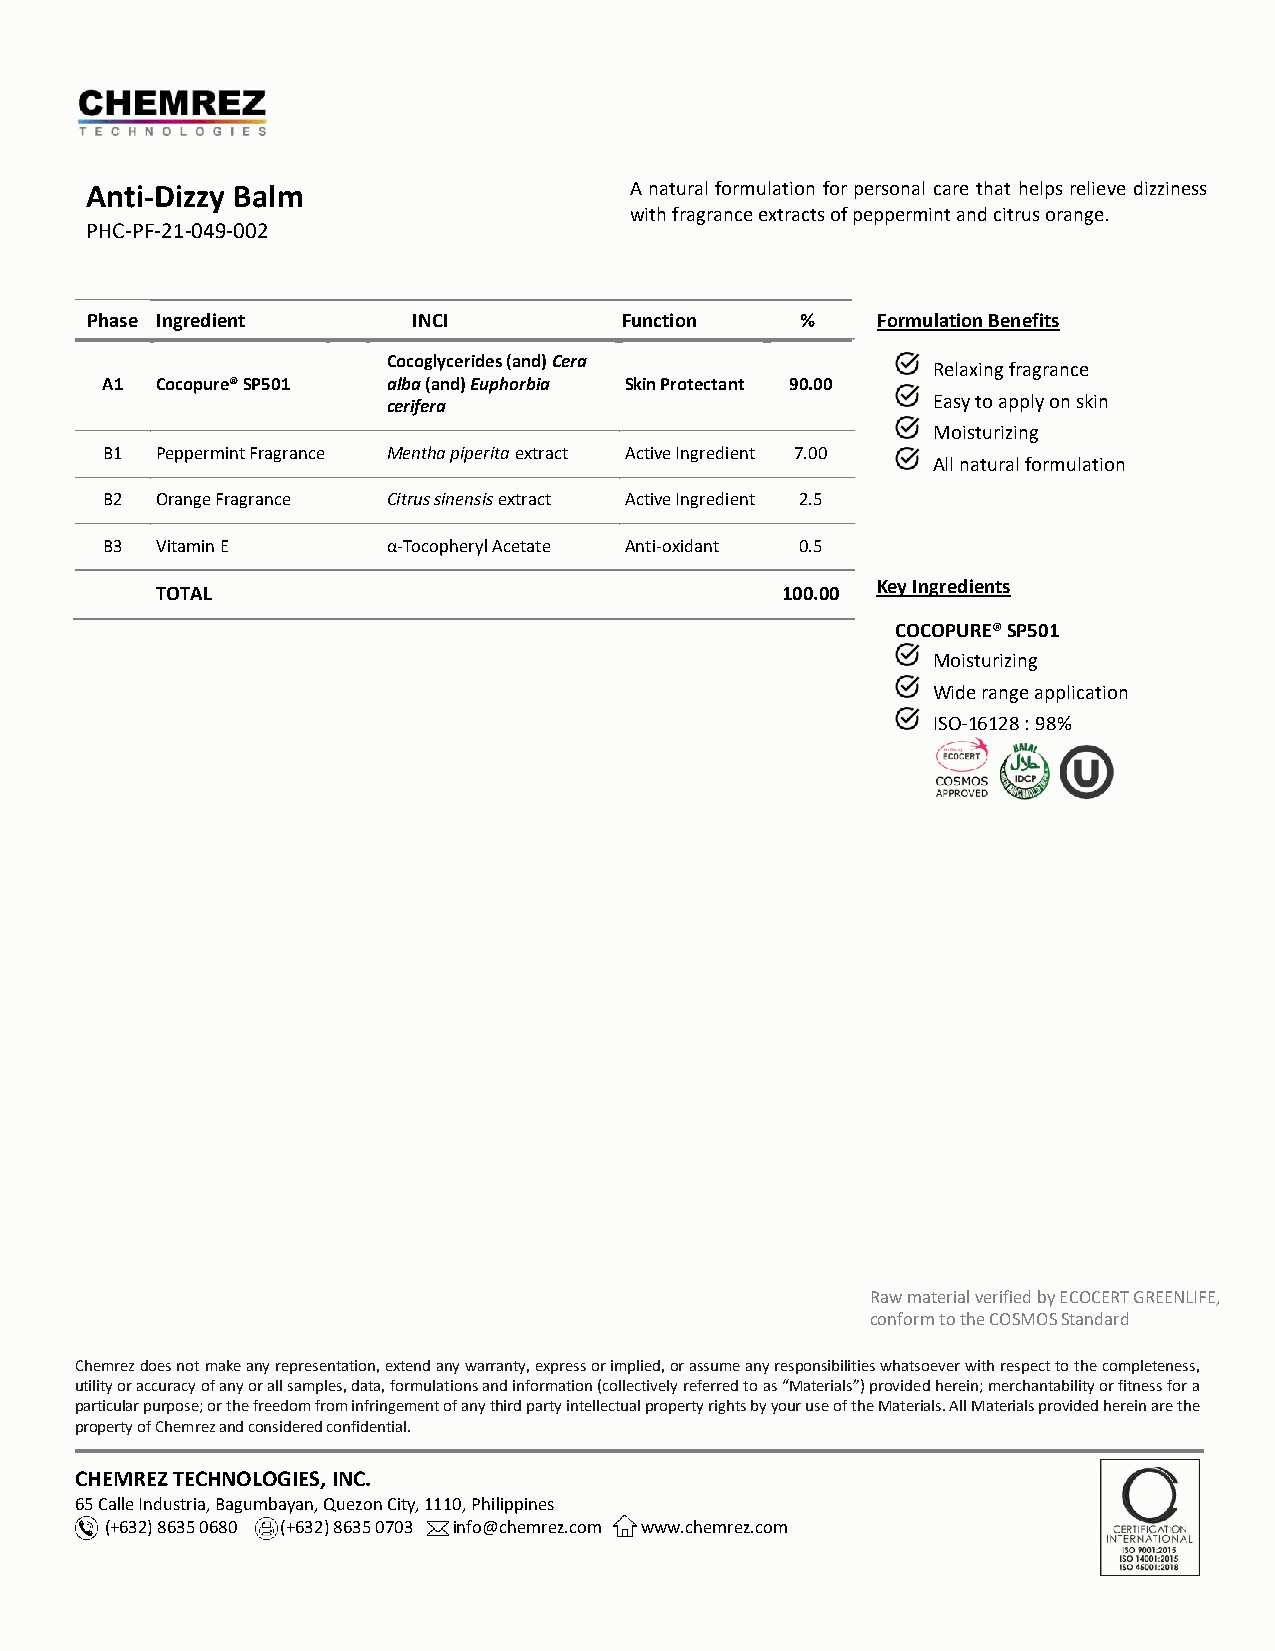
Anti-Dizzy Balm                     A natural formulation for personal care that helps relieve dizziness
 with fragrance extracts of peppermint and citrus orange.
 PHC-PF-21-049-002
 Featura
 Phase Ingredient     INCI          Function    %    Formulation Benefits
 Cocoglycerides (and) Cera
 Relaxing fragrance
 A1 Cocopure® SP501 alba (and) Euphorbia Skin Protectant 90.00
 cerifera                            Easy to apply on skin
 Moisturizing
 B1 Peppermint Fragrance Mentha piperita extract Active Ingredient 7.00
 All natural formulation
 B2 Orange Fragrance Citrus sinensis extract Active Ingredient 2.5
 B3 Vitamin E       α-Tocopheryl Acetate Anti-oxidant 0.5
 Key Ingredients
 TOTAL                                     100.00
 COCOPURE® SP501
 Moisturizing
 Wide range application
 ISO-16128 : 98%
 Raw material verified by ECOCERT GREENLIFE,
 conform to the COSMOS Standard
 Chemrez does not make any representation, extend any warranty, express or implied, or assume any responsibilities whatsoever with respect to the completeness,
 utility or accuracy of any or all samples, data, formulations and information (collectively referred to as “Materials”) provided herein; merchantability or fitness for a
 particular purpose; or the freedom from infringement of any third party intellectual property rights by your use of the Materials. All Materials provided herein are the
 property of Chemrez and considered confidential.
 CHEMREZ TECHNOLOGIES, INC.
 65 Calle Industria, Bagumbayan, Quezon City, 1110, Philippines
 (+632) 8635 0680 (+632) 8635 0703 info@chemrez.com www.chemrez.com